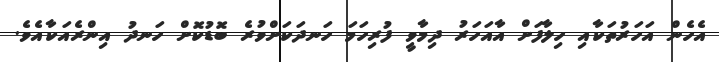
އެހެން އަހަރުތަކާއި ހިލާފަށް އާއަހަރު ދިމާވީ ފުރިހަމަ ހަނދަކަށްވުރެ ބޮޑުކޮށް ހަނދު އިންރެއަކާއެވެ.